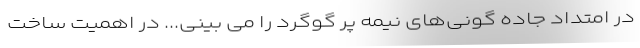
در امتداد جاده گونی‌های نیمه پر گوگرد را می بینی... در اهمیت ساخت